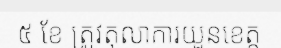
៥ ខែ ត្រូវតុលាការយួនខេត្ត